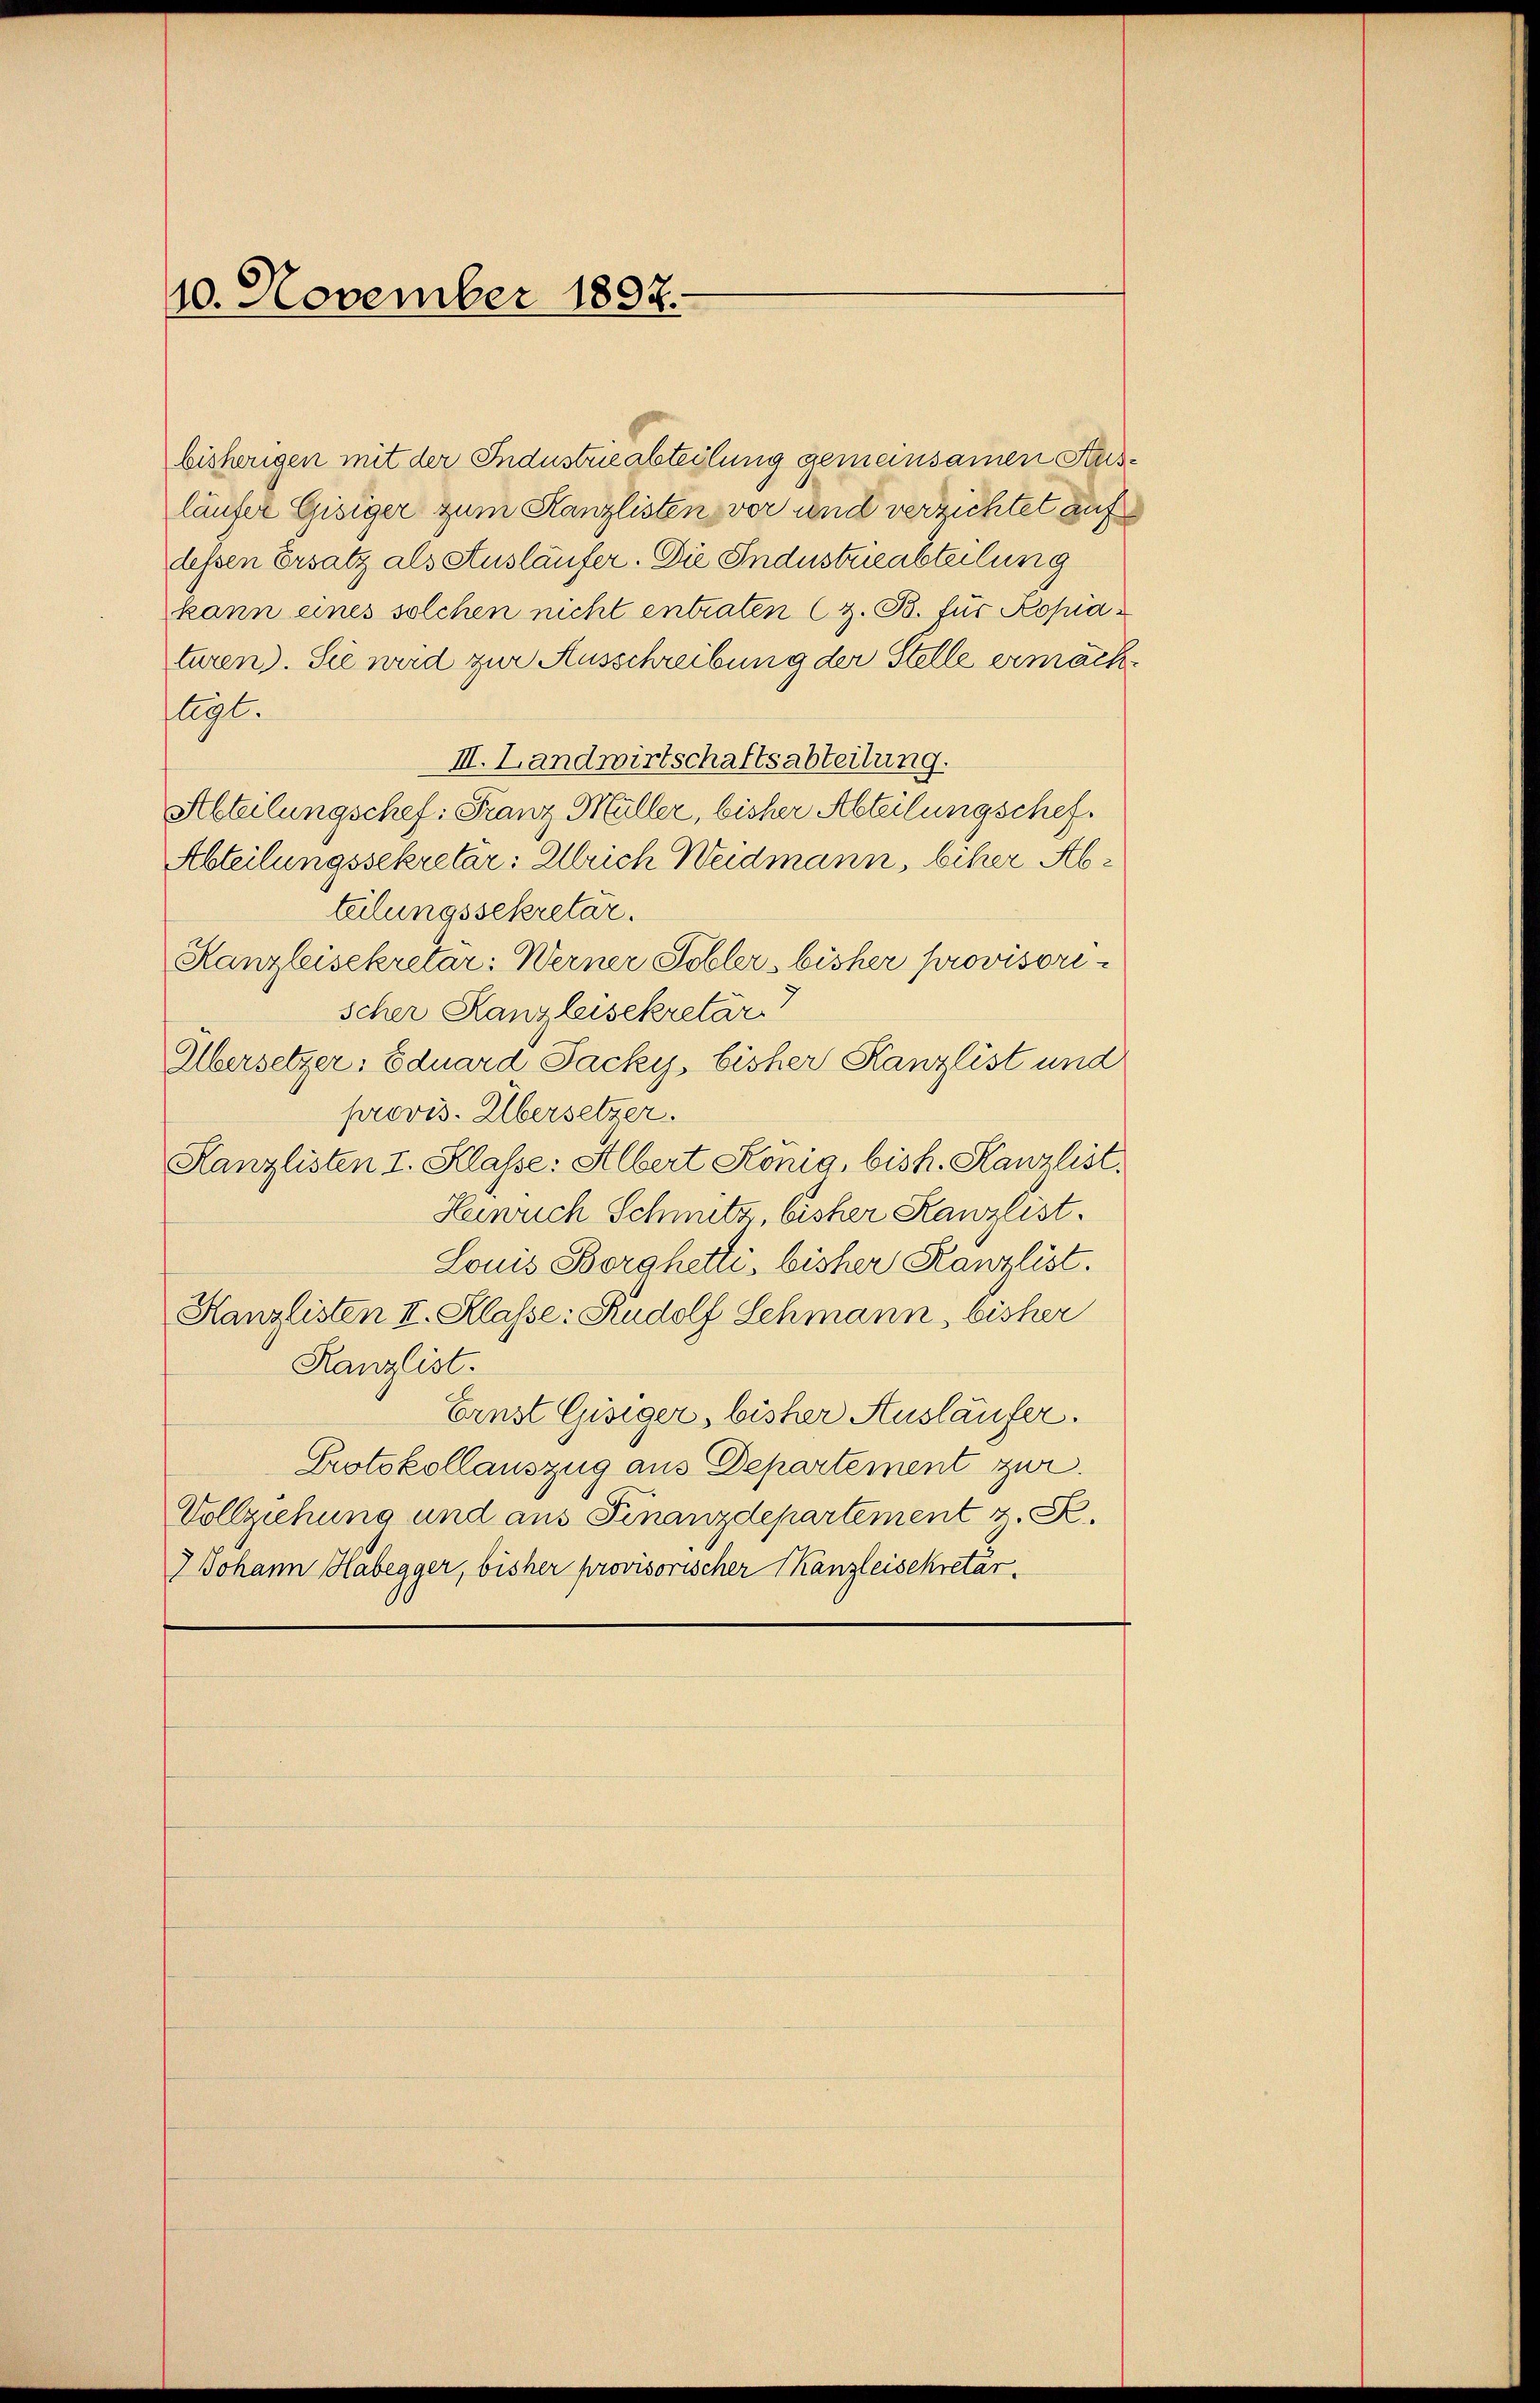
10. November 1892.

kann eines solchen nicht entraten (z. B. für Kopiaturen). Sie wird zur Ausschreibung der Stelle ermächflegt.
III. Landwirtschaftsabteilung.
Stbteilungschef: Franz Müller, bisher Abteilung schef.
Abteilungssekretär: Alleich Weidmann, biher Abteilungssekretär.
Kanzleisekretär: Werner Sohler, bisher provisorischer Kanzleisekretär
Albersetzer: Eduard Jacky, bisher Kanzlist und
provis. Übersetzer.
Kanzlisten I. Klasse: Albert König, bis h. Kanzlist.
Heinrich Schmutz, bisher Kanzlist.
Louis Borghetti, bisher Kanzlist.
Kanzlisten II. Klasse: Rudolf Schmann, bisher
Kanzlist.
Ernst Gisiger, bisher Ausläufer.
Protokollauszug aus Departement zur
Vollziehung und aus Finanzdepartement z. R.
7 Johann Habegger, bisher provisorischer Kanzleisekretär.

bisherigen mit der Industrieabteilung gemeinsamen Ausläufer Gisiger zum Kanzlisten vor und verzichtet auf
dessen Ersatz als Ausläufer. Die Industrieabteilung